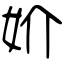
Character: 妎